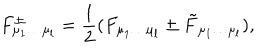
LaTeX: F _ { \mu _ { 1 } \ldots \mu _ { l } } ^ { \pm } = { \frac { 1 } { 2 } } ( F _ { \mu _ { 1 } \ldots \mu _ { l } } \pm \tilde { F } _ { \mu _ { 1 } \ldots \mu _ { l } } ) ,